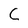
Character: C